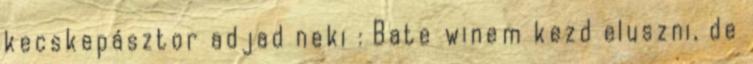
kecskepásztor adjad neki : Bate winem kezd eluszni, de